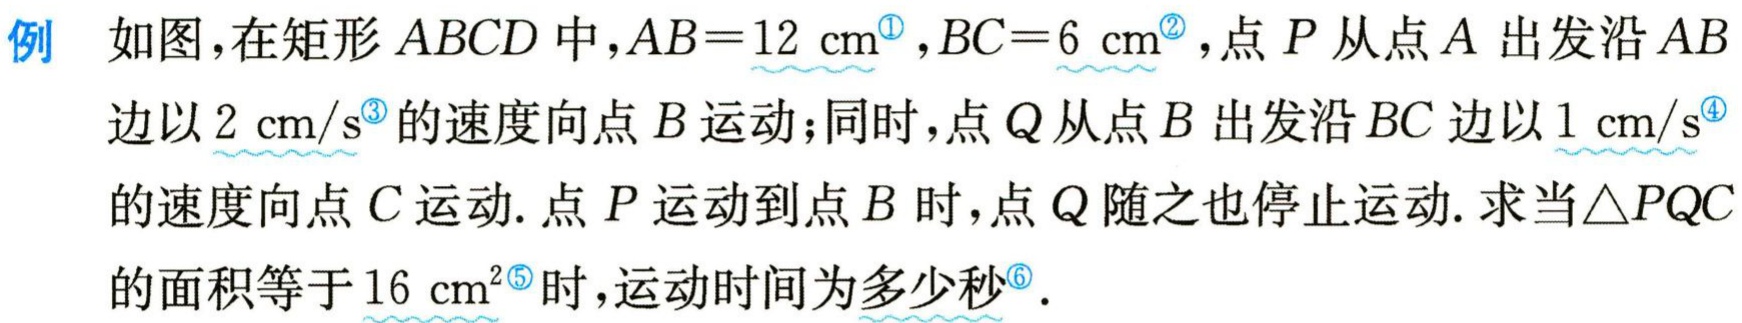
例 如图，在矩形 \(ABCD\) 中，\(AB = 12\mathrm{cm}\)，\(BC = 6\mathrm{cm}\)，点 \(P\) 从点 \(A\) 出发沿 \(AB\) 边以 \(2\mathrm{cm/s}\) 的速度向点 \(B\) 运动；同时，点 \(Q\) 从点 \(B\) 出发沿 \(BC\) 边以 \(1\mathrm{cm/s}\) 的速度向点 \(C\) 运动. 点 \(P\) 运动到点 \(B\) 时，点 \(Q\) 随之也停止运动. 求当\(\triangle PQC\) 的面积等于 \(16\mathrm{cm}^2\) 时，运动时间为多少秒.